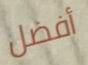
أفضل